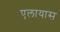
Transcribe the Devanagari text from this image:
एलायास